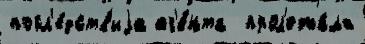
посл'е́дств'иjа аг'е́нта  прол'ежа́ла